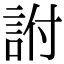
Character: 詂